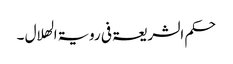
حکم الشریعۃ فی رویۃ الھلال ۔